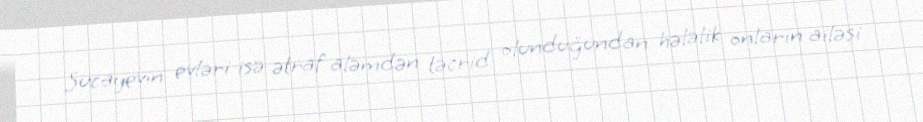
Sucayevin evləri isə ətraf aləmdən təcrid olunduğundan hələlik onların ailəsi